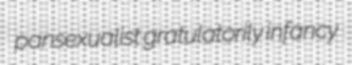
pansexualist gratulatorily infancy